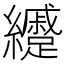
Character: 𦇰